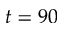
t = 9 0